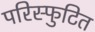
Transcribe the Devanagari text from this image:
परिस्फुटित